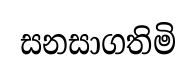
සනසාගතිමි